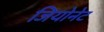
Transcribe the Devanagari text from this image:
जियोनेट